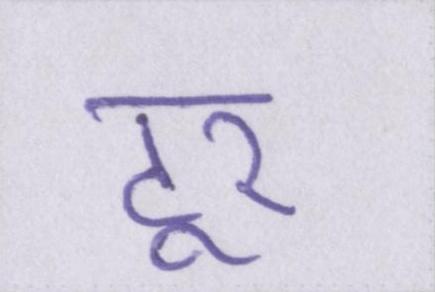
टूर